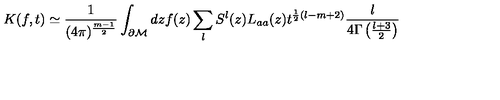
K ( f , t ) \simeq \frac 1 { ( 4 \pi ) ^ { \frac { m - 1 } 2 } } \int _ { \partial { \cal M } } d z f ( z ) \sum _ { l } S ^ { l } ( z ) L _ { a a } ( z ) t ^ { \frac 1 2 ( l - m + 2 ) } \frac { l } { 4 \Gamma \left( \frac { l + 3 } 2 \right) }